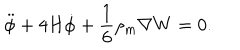
LaTeX: \ddot { \phi } + 4 H \dot { \phi } + \frac { 1 } { 6 } \rho _ { m } \nabla W = 0 .